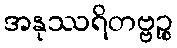
အနုဿရိတဗ္ဗဉ္စ